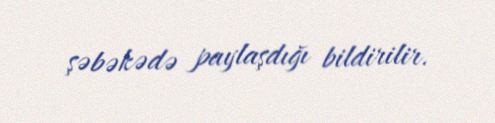
şəbəkədə paylaşdığı bildirilir.